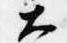
大